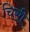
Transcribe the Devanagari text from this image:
चिसी